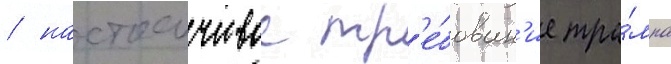
/ настоичивое тр'е́бован'ие тра́мпа